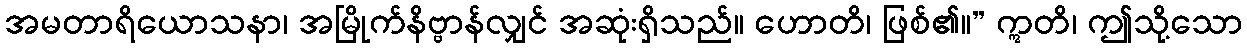
အမတာရိယောသနာ၊ အမြိုက်နိဗ္ဗာန်လျှင် အဆုံးရှိသည်။ ဟောတိ၊ ဖြစ်၏။” ဣတိ၊ ဤသို့သော